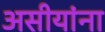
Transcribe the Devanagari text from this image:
असीयांना